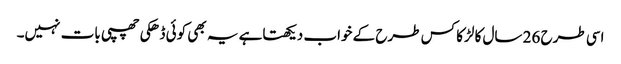
اسی طرح 26 سال کا لڑکا کس طرح کے خواب دیکھتاہے یہ بھی کوئی ڈھکی چھپی بات نہیں۔